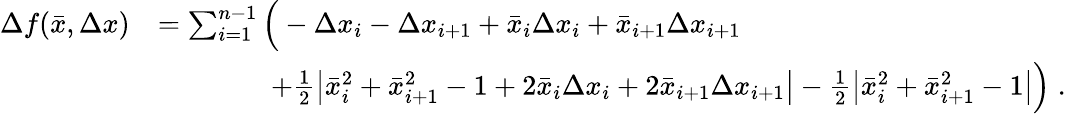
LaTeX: \begin{array}{rl}{\Delta f(\bar{x},\Delta x)}&{=\sum_{i=1}^{n-1}\Big(-\Delta x_{i}-\Delta x_{i+1}+\bar{x}_{i}\Delta x_{i}+\bar{x}_{i+1}\Delta x_{i+1}}\\ &{\qquad\qquad+\frac{1}{2}\big|\bar{x}_{i}^{2}+\bar{x}_{i+1}^{2}-1+2\bar{x}_{i}\Delta x_{i}+2\bar{x}_{i+1}\Delta x_{i+1}\big|-\frac{1}{2}\big|\bar{x}_{i}^{2}+\bar{x}_{i+1}^{2}-1\big|\Big)\; .}\end{array}